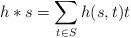
LaTeX: \begin{align*}h \ast s = \sum_{t \in S} h(s,t) t\end{align*}